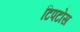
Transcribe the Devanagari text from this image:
टिपटोस